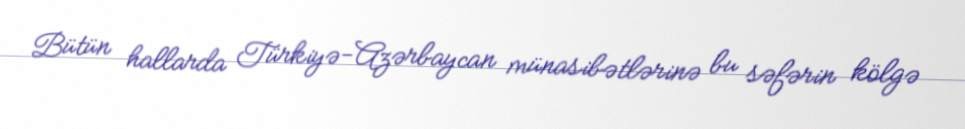
Bütün hallarda Türkiyə-Azərbaycan münasibətlərinə bu səfərin kölgə